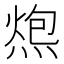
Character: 𰟂